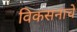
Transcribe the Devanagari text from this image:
विकसनाचे